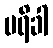
ပရိခါ